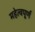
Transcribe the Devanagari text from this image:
महेत्वपूर्ण